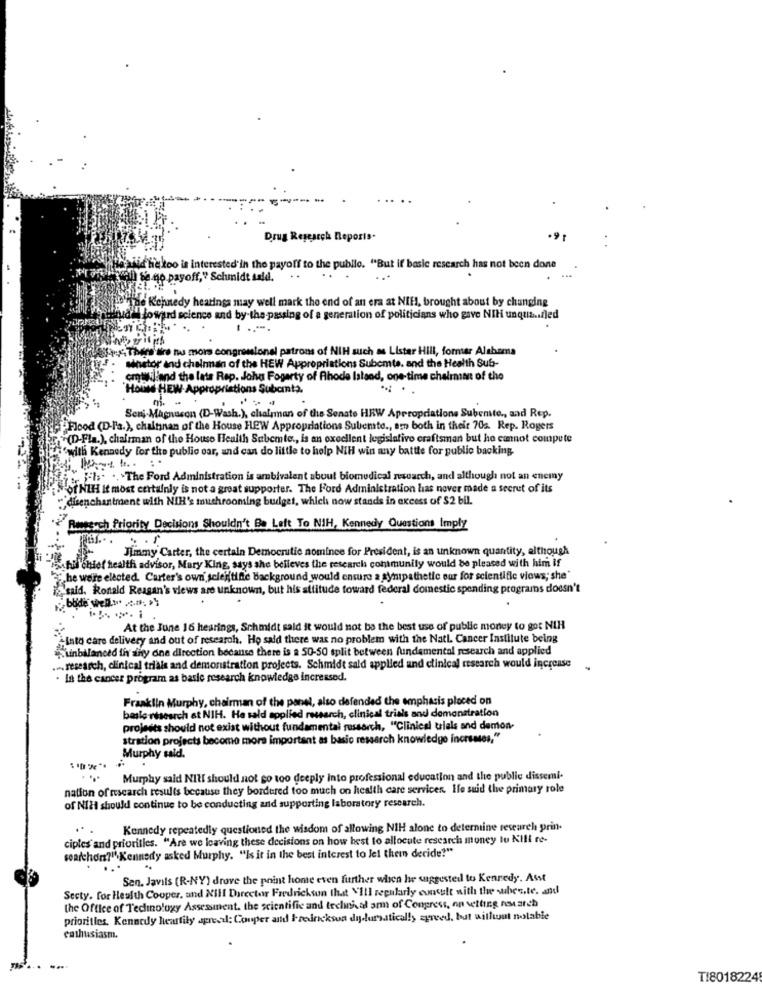
Drug Research Reports.
.91
d'haloo is interested in the payoff to the publio. "But if basic research has not been done
all be no payoff," Schmidt said.
..
The Kennedy hearings may well mark the end of an era at NIE, brought about by changing
"foward science and by-the-passing of a generation of politicians who gave NIH unquiz .. fled
Says Thers'tire nu mors congressional patrons of NIH such as Lister Hill, formar Alahoma
minator and chairman of the HEW Appropriations Subomte. and the Health Sub-
cmwwilland the lats Rep. John Fogerty of Rhode Island, one-time chairman of the
Hould HEW Appropriations Subomta.
m. -
Seni-Magnucon (D-Wash.), chairman of the Senate HRW Appropriations Subenste ., and Rep.
PFlood (D-F's.), chaltinan of the House HEW Appropriations Subemte ., em both in their 70s. Rep. Rogers
(D-Fla.), chairman of the House Health Subemte ., is an excellent legislativo craftsman but he cannot compete
"with Kennedy for the public car, and can do little to help NIH win any battle for public backing
Tr [ ... .. The Ford Administration is ambivalent about biomedical research, and although not an enciny
of NIH It most certainly is not a great supporter. The Ford Administration has never made a secret of its
disenchantment with NIH's muchrooming budget, which now stands in excess of $2 bil.
Rasteuch Priority Decisions Shouldn't Be Left To NIH, Kennedy Questions Imply
Jimmy Carter, the certain Democrutic nominee for President, is an unknown quantity, although
Shil chief health advisor, Mary King, says she believes the research conimunily would be pleased with him if
he were elected. Carter's own' scleiftine Background would ensure a sympathetic our for scientific views; she"
sald. Ronald Reagan's views are unknown, but his attitude toward federal domestic spending programs doesn't
bode well ... ... " >
At the June 16 hearings, Schmidt said it would not be the best use of public money to got NIH
"Into care delivery and out of research. Ho said there was no problem with the Natl. Cancer Institute being
Linbalanced th any one direction because there is a 50-50 split between fundamental research and applied
.... research, clinical trials and demonstration projects. Schmidt sald applied and clinical research would increase .
. In the cancer program as basic research knowledge increased.
Franklin Murphy, chairman of the panel, also defended the emphasis placed on
basle-research at NIH. He sald applied research, clinical trials and demonstration
Hits should not exist without fundamental research, "Clinical trials and demon-
stration projects become more important as basic research knowledge increases."
Murphy said.
.
Murphy said NIt should not go too deeply Into professional education and the public dissemi-
nation of research results because they bordered too much on health care services. Ile said the primary role
of NIH should continue to be conducting and supporting laboratory research.
Kennedy repeatedly questioned the wisdom of allowing NIH alone to determine research prin-
ciples and priorities. "Are we leaving these decisions on how best to allocate research money to Kill re-
searchon?", Kennedy asked Murphy. "Is it in the best interest to Jel thein deride?"
Sen. Javils (R-NY) drove the point home even further when he suggested to Kenredy. Asst
Secty. for Health Cooper, and NIll Director Fredrickson that "Ill regularly consult with the subes.te. and
the Office of Technology Assessment. the scientific and technical am of Congress, on setting nosarch
priorities. Kennedy heartily apreci: Couper and Fredrickson diolursatical!y agreed, but without notable
enthusiasm.
TI8018224